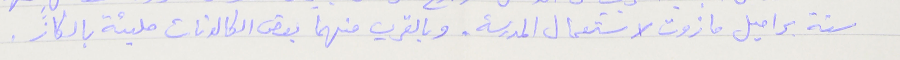
ستة براميل مازوت لاستعمال المدرسة، وبالقرب منهما بعض الكالونات مليئة بالكاز .